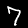
Digit: 7